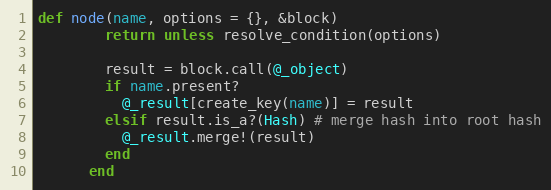
Language: Ruby
def node(name, options = {}, &block)
        return unless resolve_condition(options)

        result = block.call(@_object)
        if name.present?
          @_result[create_key(name)] = result
        elsif result.is_a?(Hash) # merge hash into root hash
          @_result.merge!(result)
        end
      end